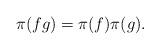
LaTeX: \begin{align*}\pi(fg)=\pi(f)\pi(g).\end{align*}